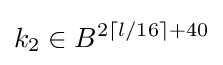
k_{2}\in B^{2\left\lceil l/16\right\rceil +40}